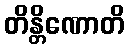
တိန္တိဏောတိ